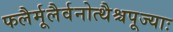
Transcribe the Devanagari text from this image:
फलैर्मूलैर्वनोत्थैश्चपूज्याः